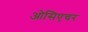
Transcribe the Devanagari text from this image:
ओसिएचर